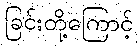
ခြင်းတို့ကြောင့်